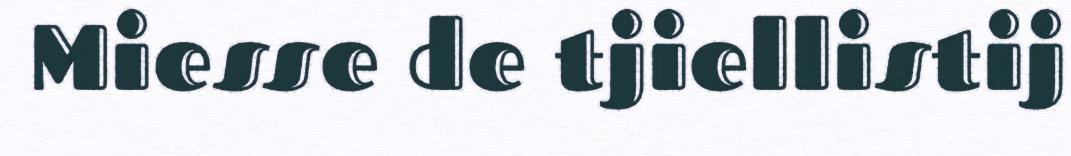
Miesse de tjiellistij